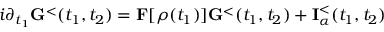
i \partial _ { t _ { 1 } } { \bf G } ^ { < } ( t _ { 1 } , t _ { 2 } ) = { \bf F } [ \rho ( t _ { 1 } ) ] { \bf G } ^ { < } ( t _ { 1 } , t _ { 2 } ) + { \bf I } _ { \alpha } ^ { < } ( t _ { 1 } , t _ { 2 } )